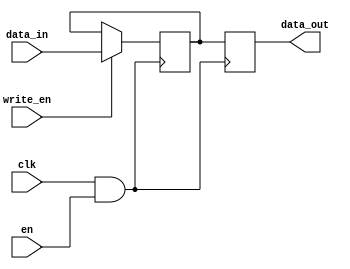
module conditional_clock_gating(
    input wire clk,        // Primary clock input
    input wire en,         // Enable signal for clock gating
    input wire [7:0] data_in,    // Data input for memory block (example width is 8 bits)
    input wire write_en,   // Write enable signal
    output reg [7:0] data_out   // Data output from memory block
);

    // Gated clock signal
    wire gclk;

    // Clock gating logic using AND gate
    assign gclk = clk & en;

    // Memory block
    reg [7:0] memory [0:255]; // Simple memory array, 256 x 8 bits

    // Write process
    always @(posedge gclk) begin
        if (write_en) begin
            // Write data to the memory location
            memory[0] <= data_in;  // Simplistic example of writing in one address
        end
    end

    // Read process
    always @(posedge gclk) begin
        // Output data from memory (example for address 0)
        data_out <= memory[0];  // Simplistic example of reading from one address
    end

endmodule